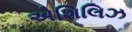
એશિલિઝ